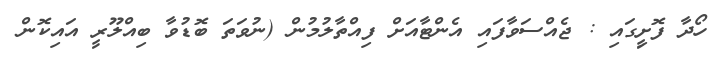
ހޯދާ ފޮށިީގައި : ޖެއްސަވާފައި އެންޓާއަށް ފިއްތާލުމުން (ނުވަތަ ބޮޑުވާ ބިއްލޫރީ އައިކޮން